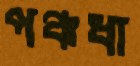
পঞ্চধা